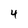
Character: 4